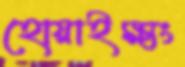
হোয়াইক্ষ্যং